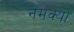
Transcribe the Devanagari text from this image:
नेमक्‍या